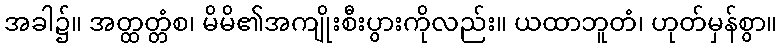
အခါ၌။ အတ္ထတ္တံစ၊ မိမိ၏အကျိုးစီးပွားကိုလည်း။ ယထာဘူတံ၊ ဟုတ်မှန်စွာ။